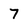
Character: 7